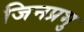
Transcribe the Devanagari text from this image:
जिनप्रभु